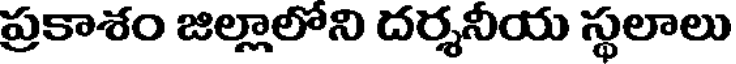
ప్రకాశం జిల్లాలోని దర్శనీయ స్థలాలు